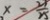
x = \frac { 2 1 } { 2 5 }